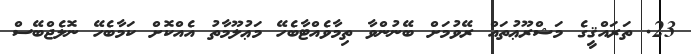
23. ތަރައްޤީގެ މަޝްރޫޢުތައް ރޭވުމަށް ބޭނުންވާ ތިމާވެއްޓާބެހޭ މަޢުލޫމާތު އެއްކޮށް ކަމާބެހޭ ނޮލެޖްބޭސް